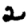
Digit: 2